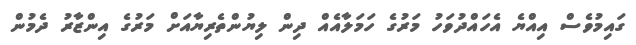
ގައިމުވެސް އިއްޔެ އެހައްދުވަހު މަރުގެ ހަމަލާއެއް ދިން ލިޔުންތެރިޔާއަށް މަރުގެ އިންޒާރު ދެމުން